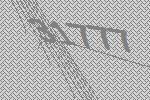
31777